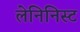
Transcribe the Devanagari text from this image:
लेनिनिस्ट